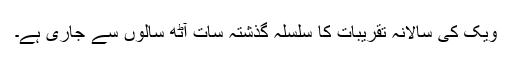
ویک کی سالانہ تقریبات کا سلسلہ گذشتہ سات آٹھ سالوں سے جاری ہے۔